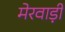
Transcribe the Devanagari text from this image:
मेरवाड़ी